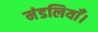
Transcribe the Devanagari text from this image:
मंडलियाँ।